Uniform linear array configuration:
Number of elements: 48
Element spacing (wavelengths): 0.25
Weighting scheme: cosine
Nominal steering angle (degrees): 45
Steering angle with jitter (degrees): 44.087
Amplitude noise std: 0.05
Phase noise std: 0.05

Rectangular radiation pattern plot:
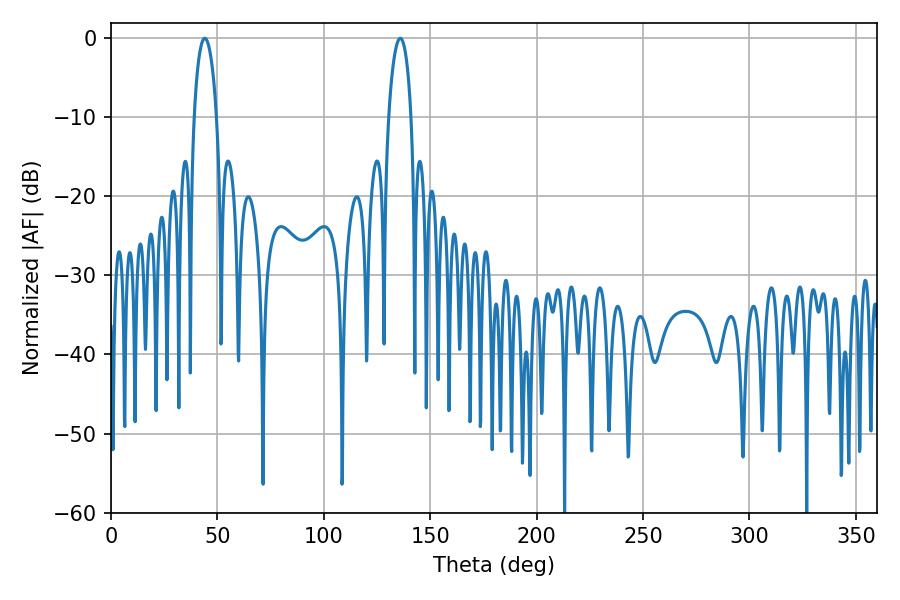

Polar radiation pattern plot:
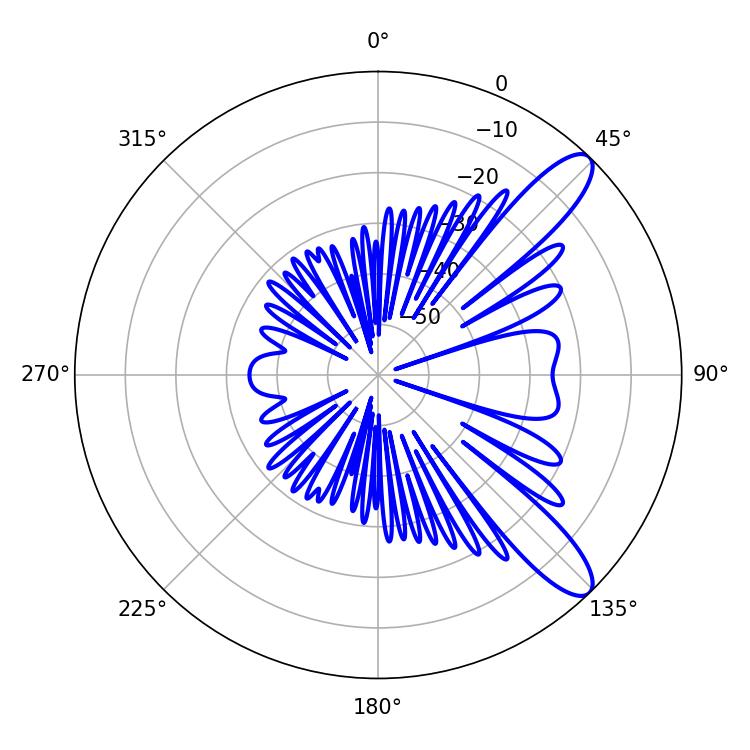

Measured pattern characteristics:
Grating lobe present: FALSE
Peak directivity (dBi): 10.888
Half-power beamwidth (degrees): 5.94
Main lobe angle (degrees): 44.1